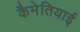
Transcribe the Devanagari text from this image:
कैमेतियाई